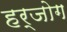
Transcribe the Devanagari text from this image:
हर्जोग